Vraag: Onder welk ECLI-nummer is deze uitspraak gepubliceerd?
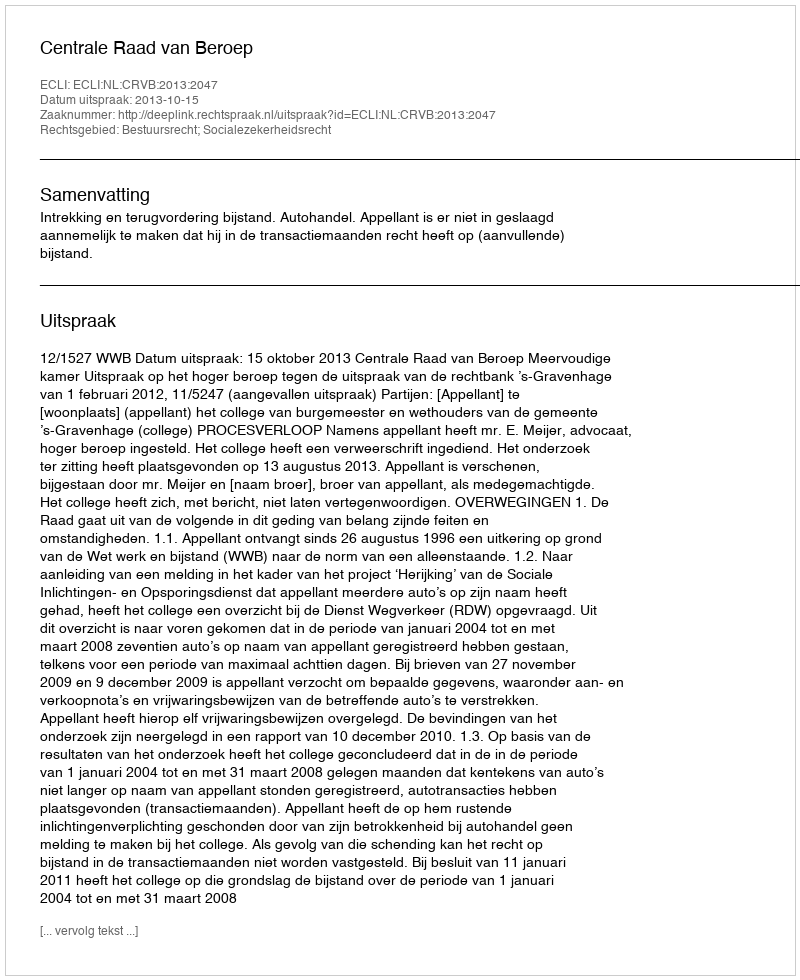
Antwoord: ECLI:NL:CRVB:2013:2047